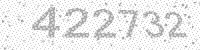
Solution: 422732